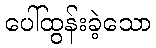
ပေါ်ထွန်းခဲ့သော